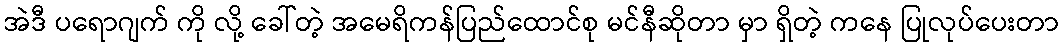
အဲဒီ ပရောဂျက် ကို လို့ ခေါ်တဲ့ အမေရိကန်ပြည်ထောင်စု မင်နီဆိုတာ မှာ ရှိတဲ့ ကနေ ပြုလုပ်ပေးတာ